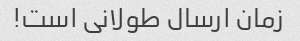
زمان ارسال طولانی است!